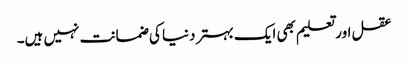
عقل اور تعلیم بھی ایک بہتر دنیا کی ضمانت نہیں ہیں۔